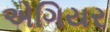
એગિયર